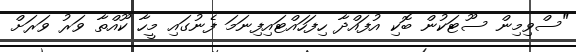
"ސްވިމިން ސޫޓަކުން ބޮކި އުފައްދާ ހިފަހައްޓައިފިނަމަ ފެނުގައި މީހާ ކޫއްތާ ވަރު ވަރަށް